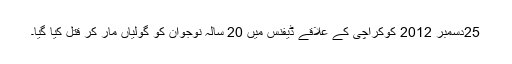
25دسمبر 2012 کوکراچی کے علاقے ڈیفنس میں 20 سالہ نوجوان کو گولیاں مار کر قتل کیا گیا۔